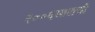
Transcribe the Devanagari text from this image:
२००६सालची